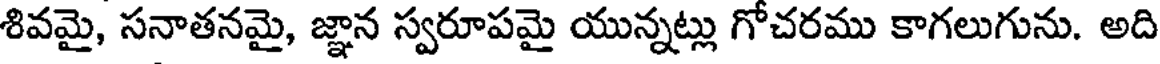
శివమై, సనాతనమై, జ్ఞాన స్వరూపమై యున్నట్లు గోచరము కాగలుగును. అది